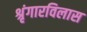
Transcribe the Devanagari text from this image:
श्रृंगारविलास